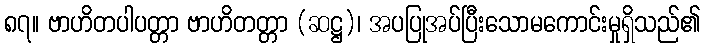
၈၇။ ဗာဟိတပါပတ္တာ ဗာဟိတတ္တာ (ဆဋ္ဌ)၊ အပပြုအပ်ပြီးသောမကောင်းမှုရှိသည်၏